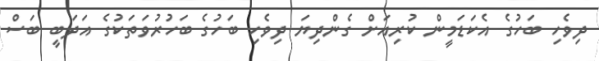
ދިވެހި ބަހުގެ އެކަޑަމީން ކުރިއަށް ގެންދިޔަ ދިވެހި ބަހުގެ ބަހުރުވަތަކުގެ އަދަބީ ބަސް